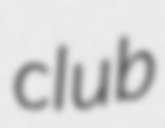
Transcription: club